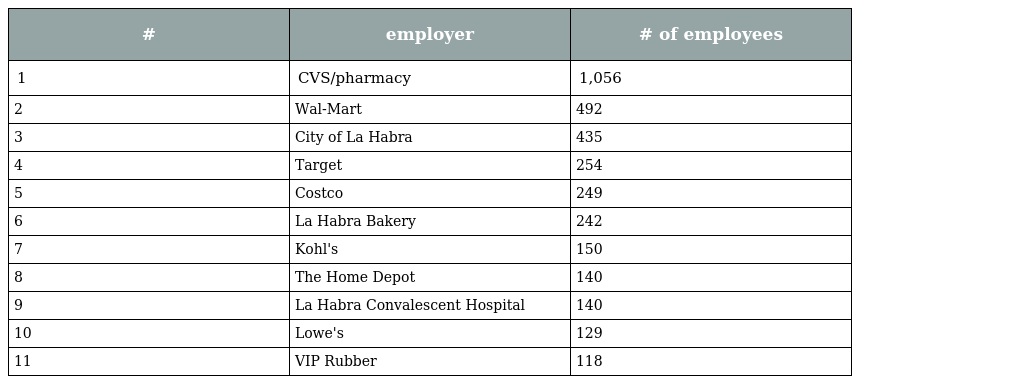
| # | employer | # of employees |
 | --- | --- | --- |
 | 1 | CVS/pharmacy | 1,056 |
 | 2 | Wal-Mart | 492 |
 | 3 | City of La Habra | 435 |
 | 4 | Target | 254 |
 | 5 | Costco | 249 |
 | 6 | La Habra Bakery | 242 |
 | 7 | Kohl's | 150 |
 | 8 | The Home Depot | 140 |
 | 9 | La Habra Convalescent Hospital | 140 |
 | 10 | Lowe's | 129 |
 | 11 | VIP Rubber | 118 |